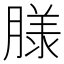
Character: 𮌮